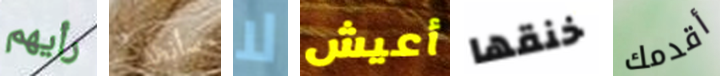
رأيهم سأنظف لا أعيش خنقها أقدمك